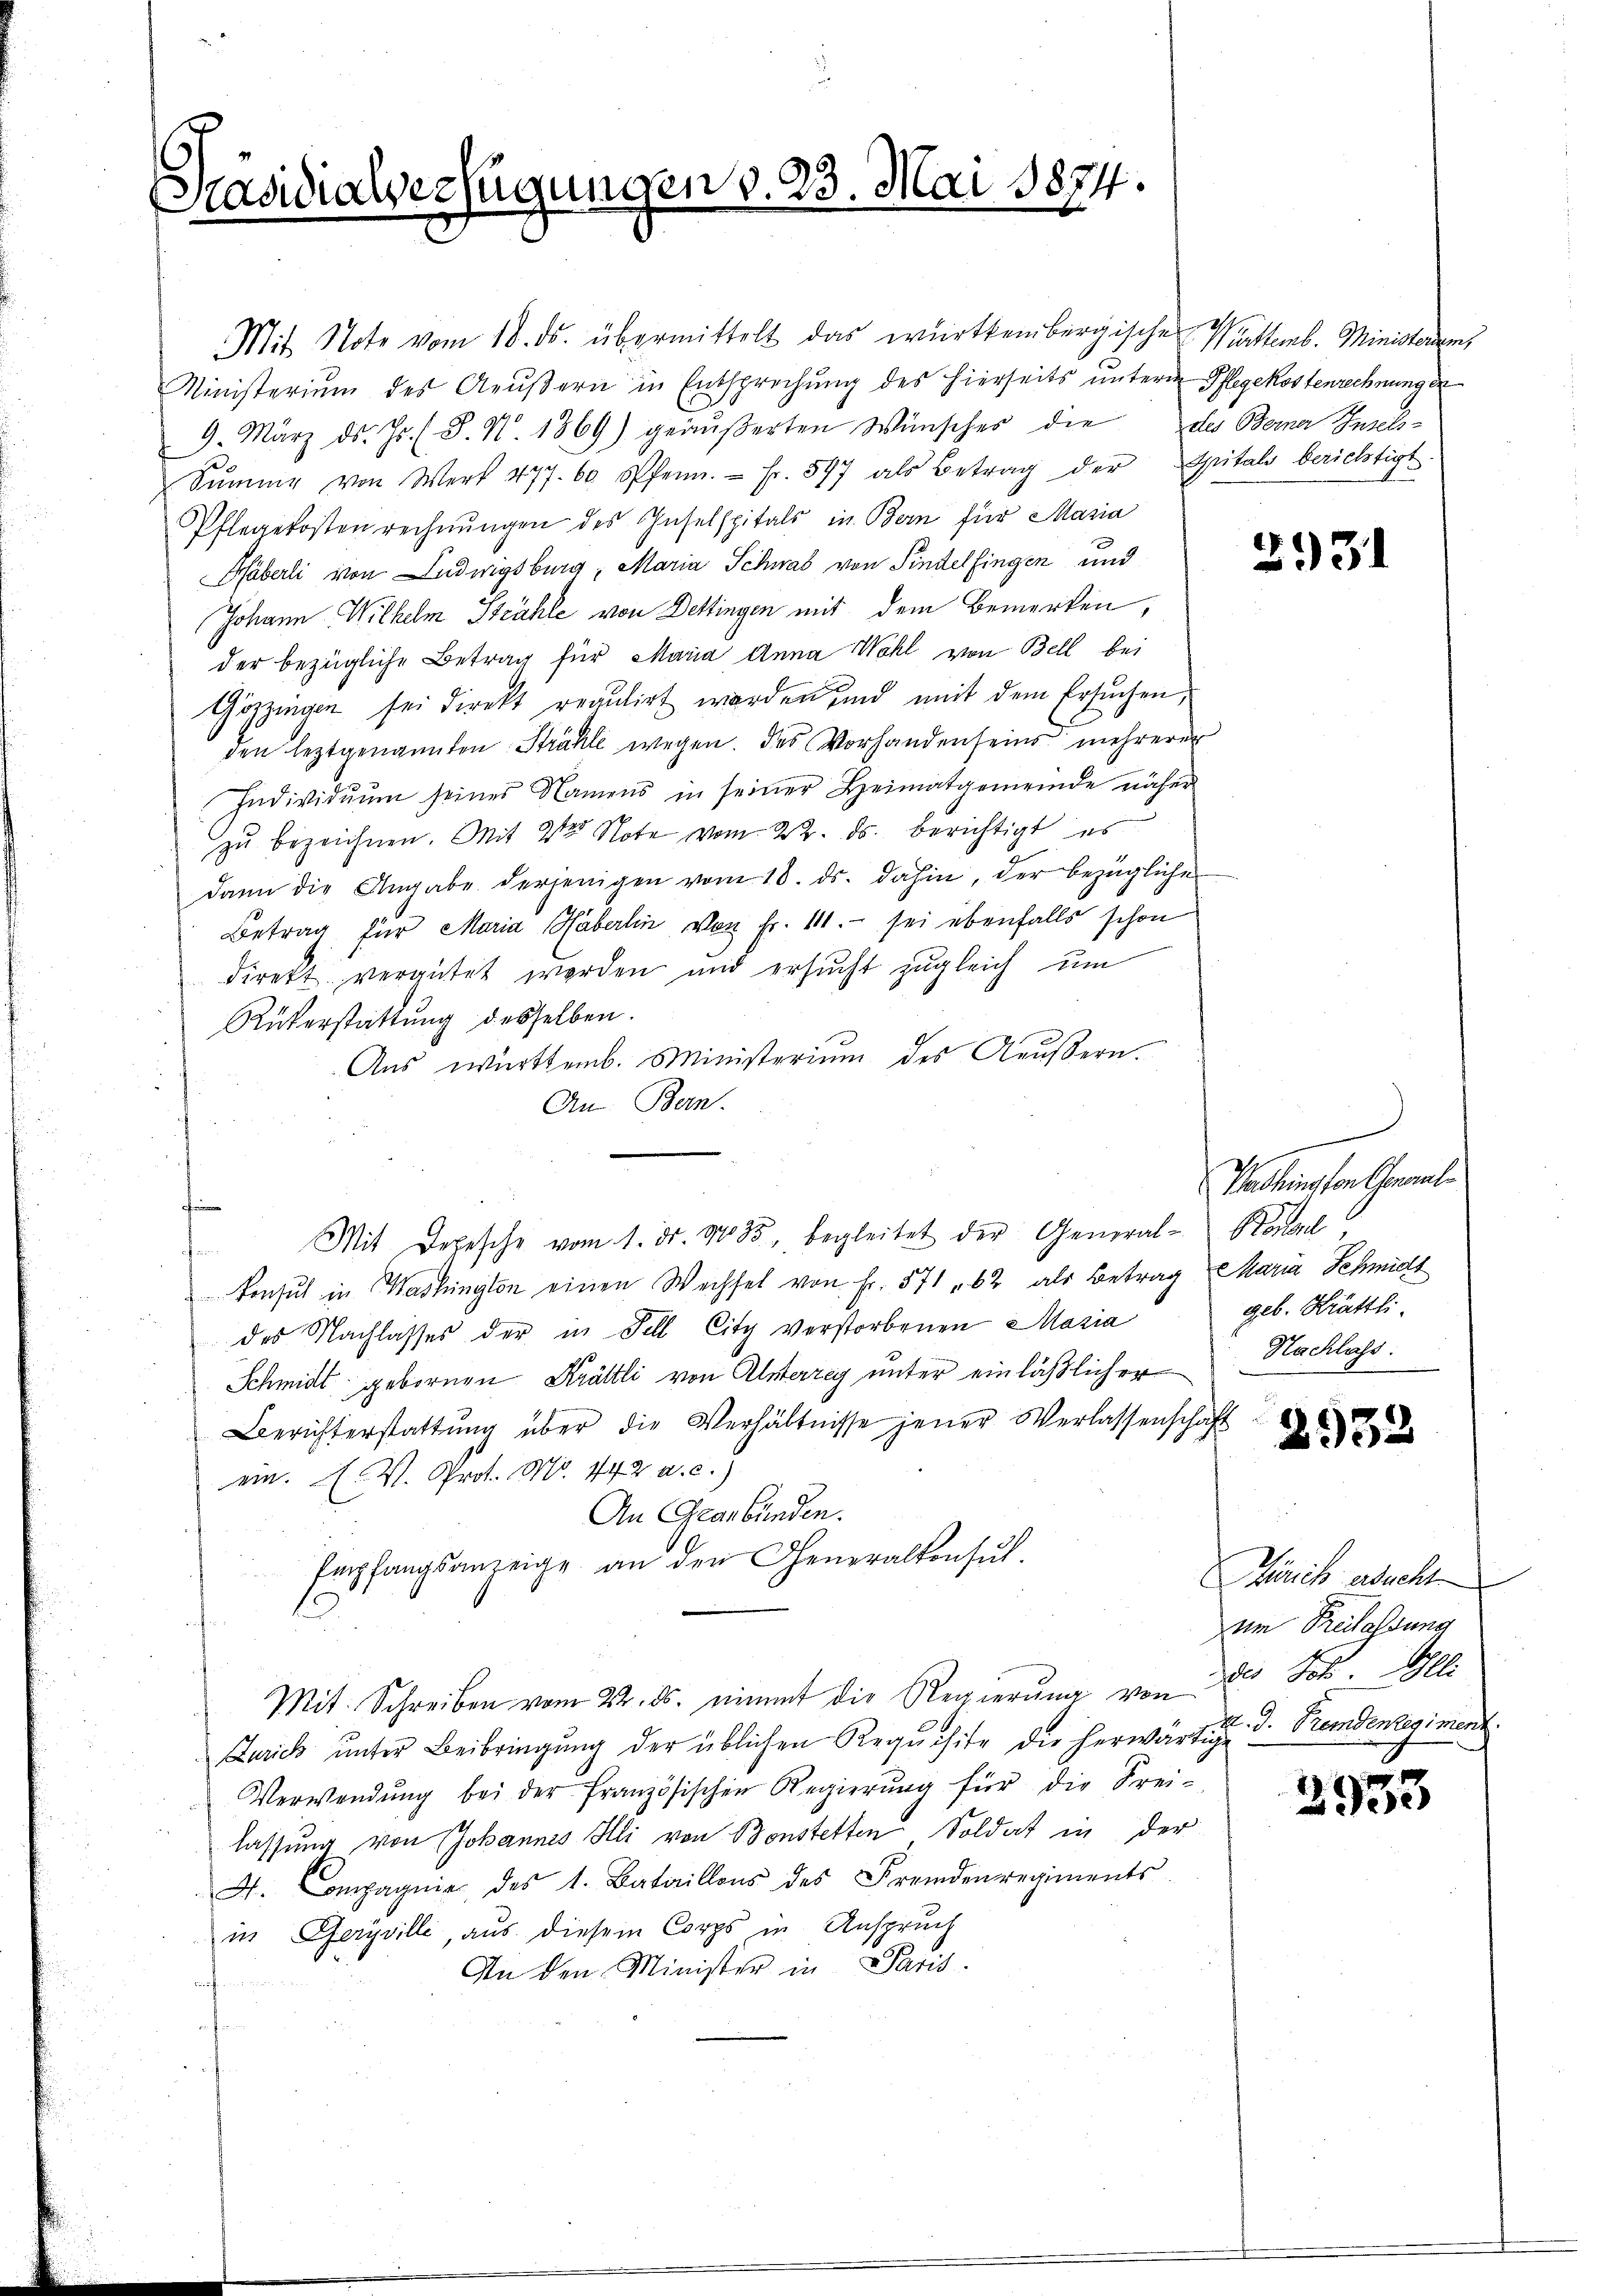
Präsidialverfügungen v. 23. Mai 1874.

Mit Note vom 18. ds. übermittelt das württembergische Warttemb. Ministeren,
Ministerium des Aeußern in Entsprechung des hierseits unterm Pflegekostenrechnung er
9. März d. Js. (S. N. 1869) geäŭβerten Wünscher die des Berner Insel-
Sŭmme von Wert 477. 60 Pfenn. - Fr. 547 als Betrag der Spitals berichtigt
Pflegekostenrechnŭngen des Inselspitals in Bern für Maria
Häberli von Ludwigsburg, Maria Schwab von Findelfingen und
Johann Wilhelm Stähle von Dettingen mit dem Bemerken,
der bezügliche Betrag für Maria Anna Wahl von Bell bei
Göppingen sei direkt regulirt werden und mit dem Ersuchen,
den leztgenannten Strahle wegen. Des Vorhanden seins mehrerer
Individuum seines Namens in seiner Heimatgemeinde näher
zu bezeichnen. Mit 2 Note vom 22. ds. berichtigt es
dann die Angabe derjenigen vom 18. ds. dahin, der bezügliche
Betrag für Maria Häberlin von Fr. 141. - sei ebenfalls schon
direkt vergütet werden und ersucht zugleich um
Rükerstattung desselben.
Aus württemb. Ministerium des Aeußern.
An Bern.
f
 Mit Depesche vom 1. ds. 1433, begleitet der General- Bonal
konsul in Washington einen Wechsel von Fr. 571 " 62 als Betrag Maria Schmidt
des Nachlasses der in Fell City verstorbenen Mazia
Schmidt gebornen Krättli von Alsterrey unter einläßlicher
Berichterstattŭng über die Verhältnisse jener Verlassenschaft
ein. V. Prot. No. 442 a. c.)
An Graubünden.
Empfangsanzeige an den Generalkonsul.
Mit Schreiben vom 22. ds. nimmt die Regierung von des Joh. Gel
Zürich unter Beibringung der üblichen Requisite die herwärtigen d. Fremdenregiment
Verwendŭng bei der französischen Regierŭng für die Frei-
lassung von Johannes Illi von Bonstetten Soldat in der
A. Compagnie des 1. Bataillons des Fremdenregiments
in Feryville, aus diesem Corps in Anspruch
An den Minister in Paris.
d

1

3931

.
Washington Genanl
geb. Krättli.
Nachlass

2952

Frick aucht
um Freilassung

.
293